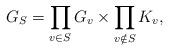
LaTeX: \begin{align*}G_S = \prod_{v\in S}G_v \times \prod_{v\notin S}K_v,\end{align*}